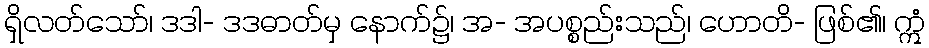
ရှိလတ်သော်၊ ဒဒါ- ဒဒဓာတ်မှ နောက်၌၊ အ- အပစ္စည်းသည်၊ ဟောတိ- ဖြစ်၏၊ ဣံ